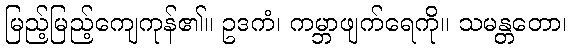
မြည့်မြည့်ကျေကုန်၏။ ဥဒကံ၊ ကမ္ဘာဖျက်ရေကို။ သမန္တတော၊